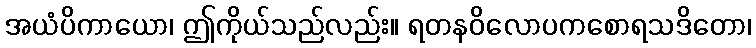
အယံပိကာယော၊ ဤကိုယ်သည်လည်း။ ရတနဝိလောပကစောရသဒိတော၊